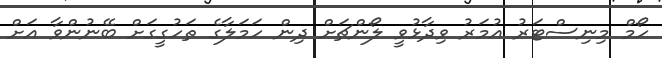
ހޯމް މިނިސްޓަރު އުމަރު ވިދާޅުވީ ލޯންޗަށް ދިން ހަމަލާގެ ތަހުގީގަށް ބޭނުންވާ އަށް